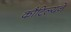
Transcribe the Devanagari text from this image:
कौटिल्‍यने